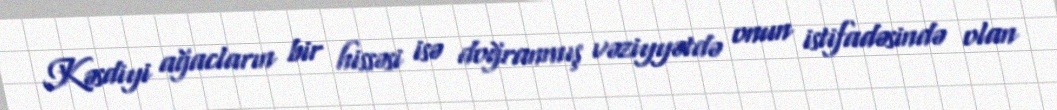
Kəsdiyi ağacların bir hissəsi isə doğranmış vəziyyətdə onun istifadəsində olan